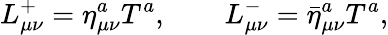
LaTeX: L_{\mu\nu}^{+}=\eta_{\mu\nu}^{a}T^{a},\qquad L_{\mu\nu}^{-}={\bar{\eta}}_{\mu\nu}^{a}T^{a},